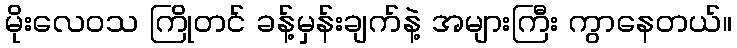
မိုးလေဝသ ကြိုတင် ခန့်မှန်းချက်နဲ့ အများကြီး ကွာနေတယ်။